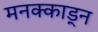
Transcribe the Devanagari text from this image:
मनक्काड्न